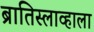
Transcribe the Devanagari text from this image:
ब्रातिस्लाव्हाला